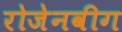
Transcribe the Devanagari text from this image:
रोजेनवीग